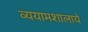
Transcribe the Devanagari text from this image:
व्ययामशालाये